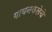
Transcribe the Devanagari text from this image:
गायनकलेचे